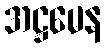
အဋ္ဌမေန